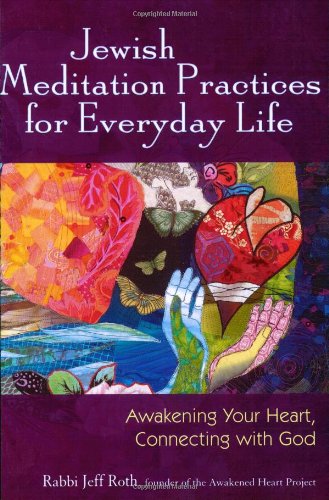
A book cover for Jewish Meditation Practices for Everyday Life: Awakening Your Heart, Connecting with God; Rabbi Jeff Roth; Religion & Spirituality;